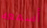
أسمعه